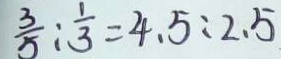
\frac { 3 } { 5 } : \frac { 1 } { 3 } = 4 . 5 : 2 . 5